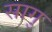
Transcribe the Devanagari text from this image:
सागु